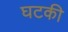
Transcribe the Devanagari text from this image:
घटकी